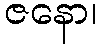
ဇနော၊